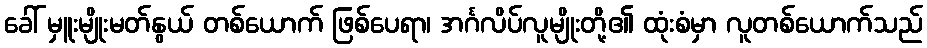
ခေါ် မှူးမျိုးမတ်နွယ် တစ်ယောက် ဖြစ်ပေရာ၊ အင်္ဂလိပ်လူမျိုးတို့၏ ထုံးစံမှာ လူတစ်ယောက်သည်